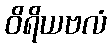
ဝိရိယဗလံ